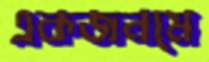
একজনমে